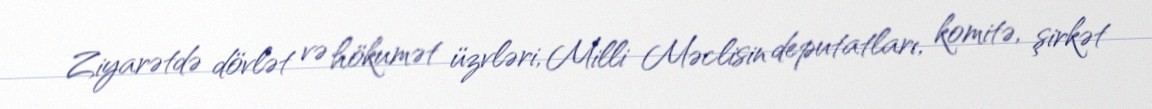
Ziyarətdə dövlət və hökumət üzvləri, Milli Məclisin deputatları, komitə, şirkət